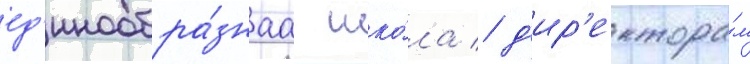
ед'инообра́знаа шко́ла / д'ир'ектора́м